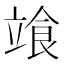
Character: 𩚷